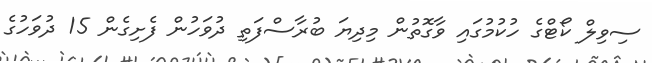
ސިވިލް ކޯޓްގެ ހުކުމުގައި ވާގޮތުން މިދިޔަ ބުރާސްފަތި ދުވަހުން ފެށިގެން 15 ދުވަހުގެ